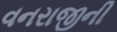
વનરાજીની